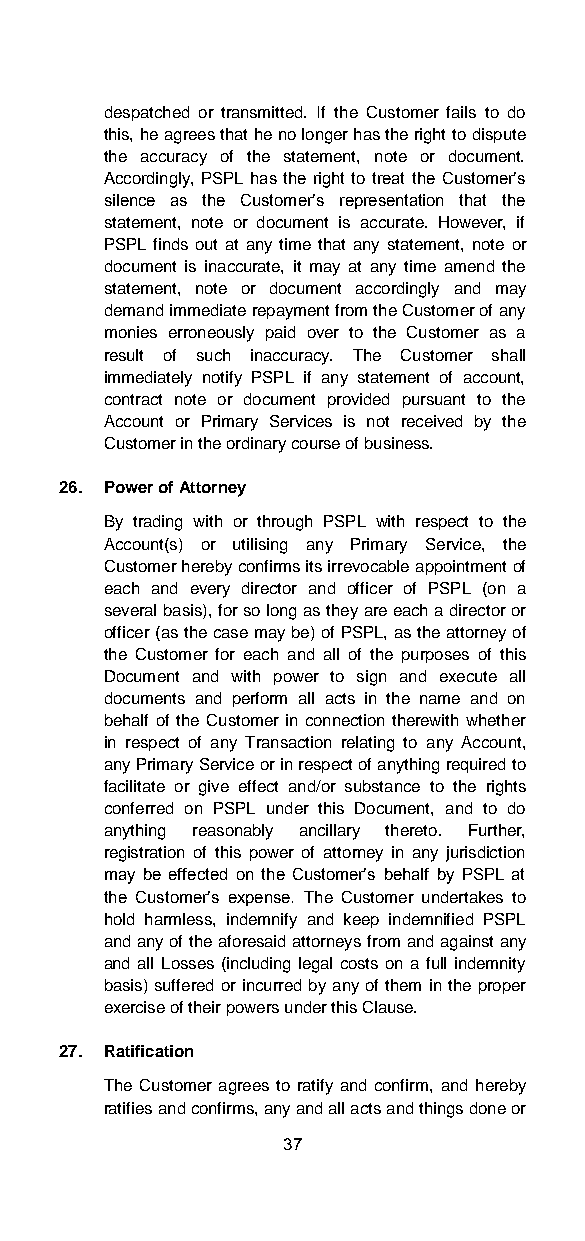
despatched or transmitted. If the Customer fails to do
 this, he agrees that he no longer has the right to dispute
 the accuracy of the statement, note or document.
 Accordingly, PSPL has the right to treat the Customer’s
 silence as the Customer’s representation that the
 statement, note or document is accurate. However, if
 PSPL finds out at any time that any statement, note or
 document is inaccurate, it may at any time amend the
 statement, note or document accordingly and may
 demand immediate repayment from the Customer of any
 monies erroneously paid over to the Customer as a
 result of such inaccuracy. The Customer shall
 immediately notify PSPL if any statement of account,
 contract note or document provided pursuant to the
 Account or Primary Services is not received by the
 Customer in the ordinary course of business.
 26. Power of Attorney
 By trading with or through PSPL with respect to the
 Account(s) or utilising any Primary Service, the
 Customer hereby confirms its irrevocable appointment of
 each and every director and officer of PSPL (on a
 several basis), for so long as they are each a director or
 officer (as the case may be) of PSPL, as the attorney of
 the Customer for each and all of the purposes of this
 Document and with power to sign and execute all
 documents and perform all acts in the name and on
 behalf of the Customer in connection therewith whether
 in respect of any Transaction relating to any Account,
 any Primary Service or in respect of anything required to
 facilitate or give effect and/or substance to the rights
 conferred on PSPL under this Document, and to do
 anything reasonably ancillary thereto. Further,
 registration of this power of attorney in any jurisdiction
 may be effected on the Customer’s behalf by PSPL at
 the Customer’s expense. The Customer undertakes to
 hold harmless, indemnify and keep indemnified PSPL
 and any of the aforesaid attorneys from and against any
 and all Losses (including legal costs on a full indemnity
 basis) suffered or incurred by any of them in the proper
 exercise of their powers under this Clause.
 27. Ratification
 The Customer agrees to ratify and confirm, and hereby
 ratifies and confirms, any and all acts and things done or
 37